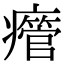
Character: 𤻥